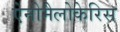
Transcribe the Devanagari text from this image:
ऐनोमैलोकेरिस